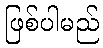
ဖြစ်ပါမည်